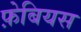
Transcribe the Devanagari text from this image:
फ़ेबियस